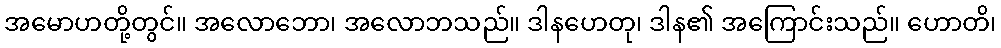
အမောဟတို့တွင်။ အလောဘော၊ အလောဘသည်။ ဒါနဟေတု၊ ဒါန၏ အကြောင်းသည်။ ဟောတိ၊